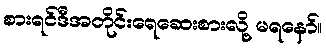
စားရင်ဒီအတိုင်းရေဆေးစားလို့ မရနော်။